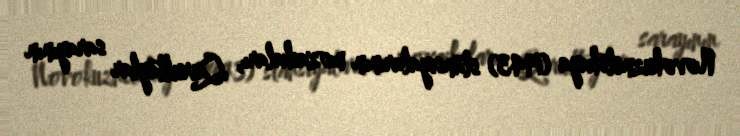
Novokuznetskaya (1943) stansiyalarının mozaikaları, Qurultaylar sarayının